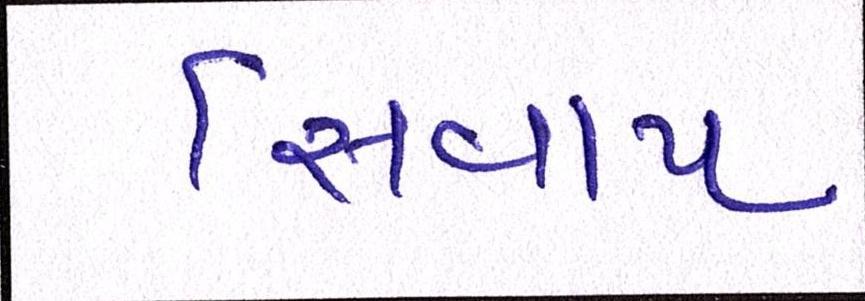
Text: સિવાય